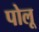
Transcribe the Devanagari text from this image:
पोलू